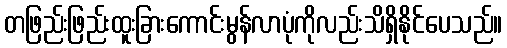
တဖြည်းဖြည်းထူးခြားကောင်းမွန်လာပုံကိုလည်းသိရှိနိုင်ပေသည်။